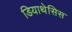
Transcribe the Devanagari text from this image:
डियाथेसिस